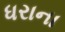
ધરાના